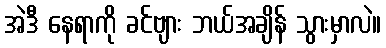
အဲဒီ နေရာကို ခင်ဗျား ဘယ်အချိန် သွားမှာလဲ။